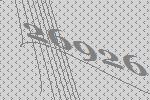
26926